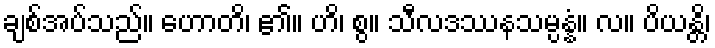
ချစ်အပ်သည်။ ဟောတိ၊ ၏။ ဟိ၊ စွ။ သီလဒဿနသမ္ပန္နံ။ လ။ ပိယန္တိ၊